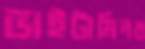
ভাইটামিনব